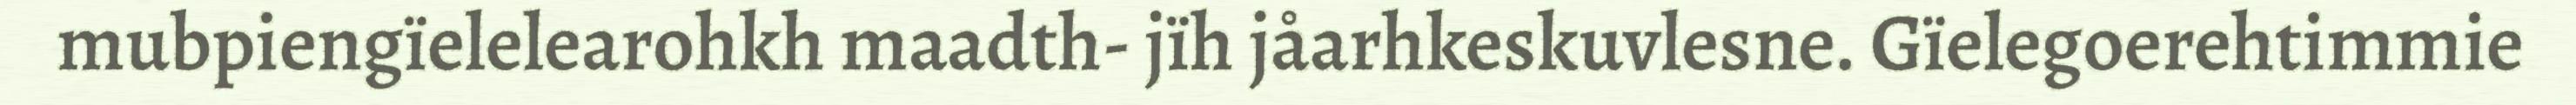
mubpiengïelelearohkh maadth- jïh jåarhkeskuvlesne. Gïelegoerehtimmie